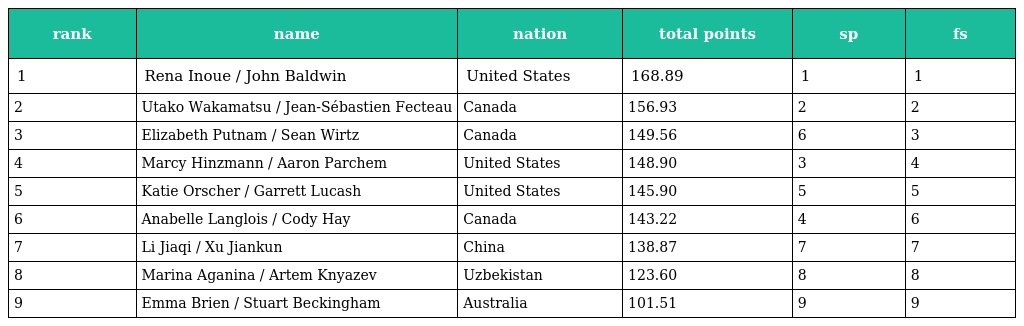
| rank | name | nation | total points | sp | fs |
 | --- | --- | --- | --- | --- | --- |
 | 1 | Rena Inoue / John Baldwin | United States | 168.89 | 1 | 1 |
 | 2 | Utako Wakamatsu / Jean-Sébastien Fecteau | Canada | 156.93 | 2 | 2 |
 | 3 | Elizabeth Putnam / Sean Wirtz | Canada | 149.56 | 6 | 3 |
 | 4 | Marcy Hinzmann / Aaron Parchem | United States | 148.90 | 3 | 4 |
 | 5 | Katie Orscher / Garrett Lucash | United States | 145.90 | 5 | 5 |
 | 6 | Anabelle Langlois / Cody Hay | Canada | 143.22 | 4 | 6 |
 | 7 | Li Jiaqi / Xu Jiankun | China | 138.87 | 7 | 7 |
 | 8 | Marina Aganina / Artem Knyazev | Uzbekistan | 123.60 | 8 | 8 |
 | 9 | Emma Brien / Stuart Beckingham | Australia | 101.51 | 9 | 9 |